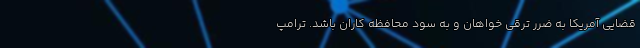
قضایی آمریکا به ضرر ترقی خواهان و به سود محافظه کاران باشد. ترامپ